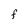
Character: F